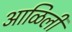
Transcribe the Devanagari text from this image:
आळिली